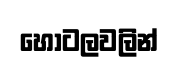
හෝටලවලින්